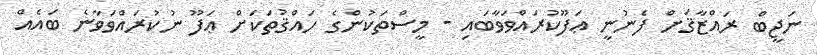
ނަޖީބް ރައްޒާޤަށް ފެނުނީ ޢަފޫކުރައްވަވާބައި - މީސްތަކުންގެ ހައްޤުތަކަށް ޢަފޫ ނުކުރައްވަވާނެ ބައެއް